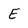
Character: E